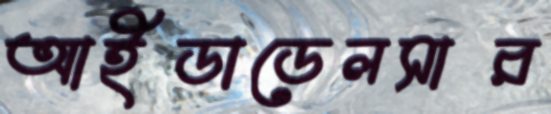
আইডাডেলসার